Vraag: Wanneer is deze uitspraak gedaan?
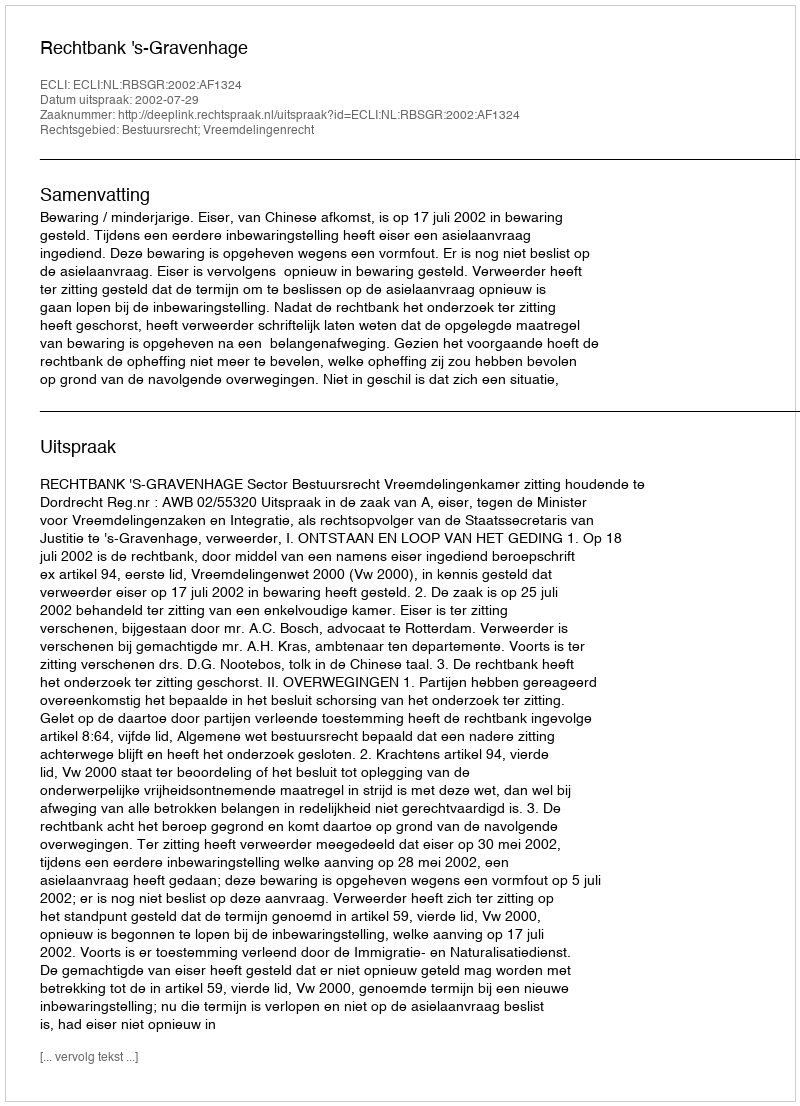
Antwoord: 2002-07-29